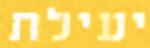
יעילת